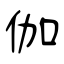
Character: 伽